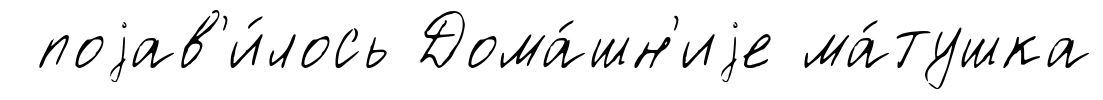
поjав'и́лось Дома́шн'иjе ма́тушка